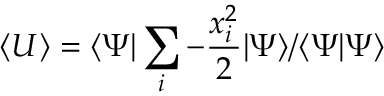
\langle U \rangle = \langle \Psi \vert \sum _ { i } - \frac { x _ { i } ^ { 2 } } { 2 } \vert \Psi \rangle / \langle \Psi \vert \Psi \rangle